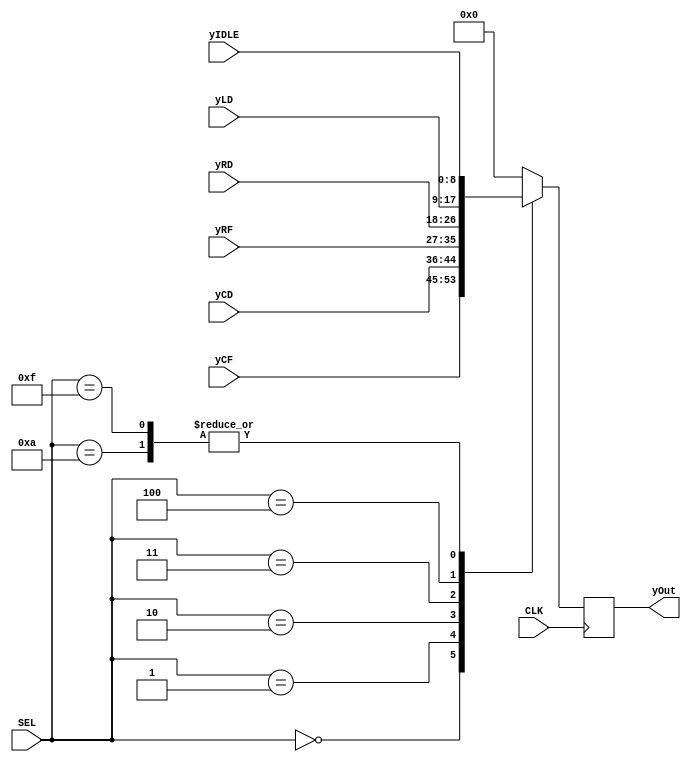
module Mux_Y(
    input wire [8:0] yCF, yCD, yRF, yRD, yLD, yIDLE,
    input wire CLK,
    input wire [3:0] SEL,
    output reg [8:0] yOut
);

parameter [3:0] CF = 4'd0, //circle fill
                CD = 4'd1, //circle draw
                RF = 4'd2, //rectangle fill
                RD = 4'd3, //rectangle draw
                LD = 4'd4, //line draw
                FU = 4'd10, //frame update
                IDLE = 4'd15; //IDLE

always @(posedge CLK) begin
    case (SEL)
        CF: yOut <= yCF;
        CD: yOut <= yCD;
        RF: yOut <= yRF;
        RD: yOut <= yRD;
        LD: yOut <= yLD;
        FU: yOut <= yIDLE; // Typo corrected: yFU -> yIDLE
        IDLE: yOut <= yIDLE;
        default: yOut <= 0; // Simplified the default case
    endcase
end

endmodule